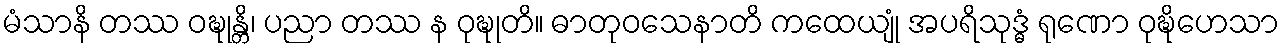
မံသာနိ တဿ ဝဍ္ဎုန္တိ၊ ပညာ တဿ န ဝုဍ္ဎုတိ။ ဓာတုဝသေနာတိ ကထေယျုံ အပရိသုဒ္ဓံ ရုဏော ဝုဍ္ဎိဟေသာ